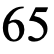
65